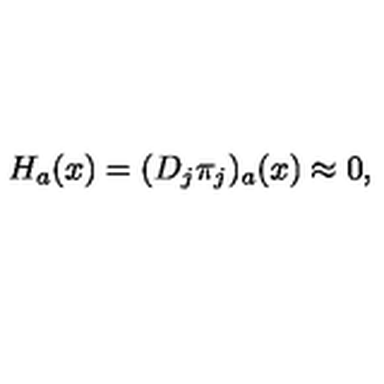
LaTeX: H _ { a } ( x ) = ( D _ { j } \pi _ { j } ) _ { a } ( x ) \approx 0 ,